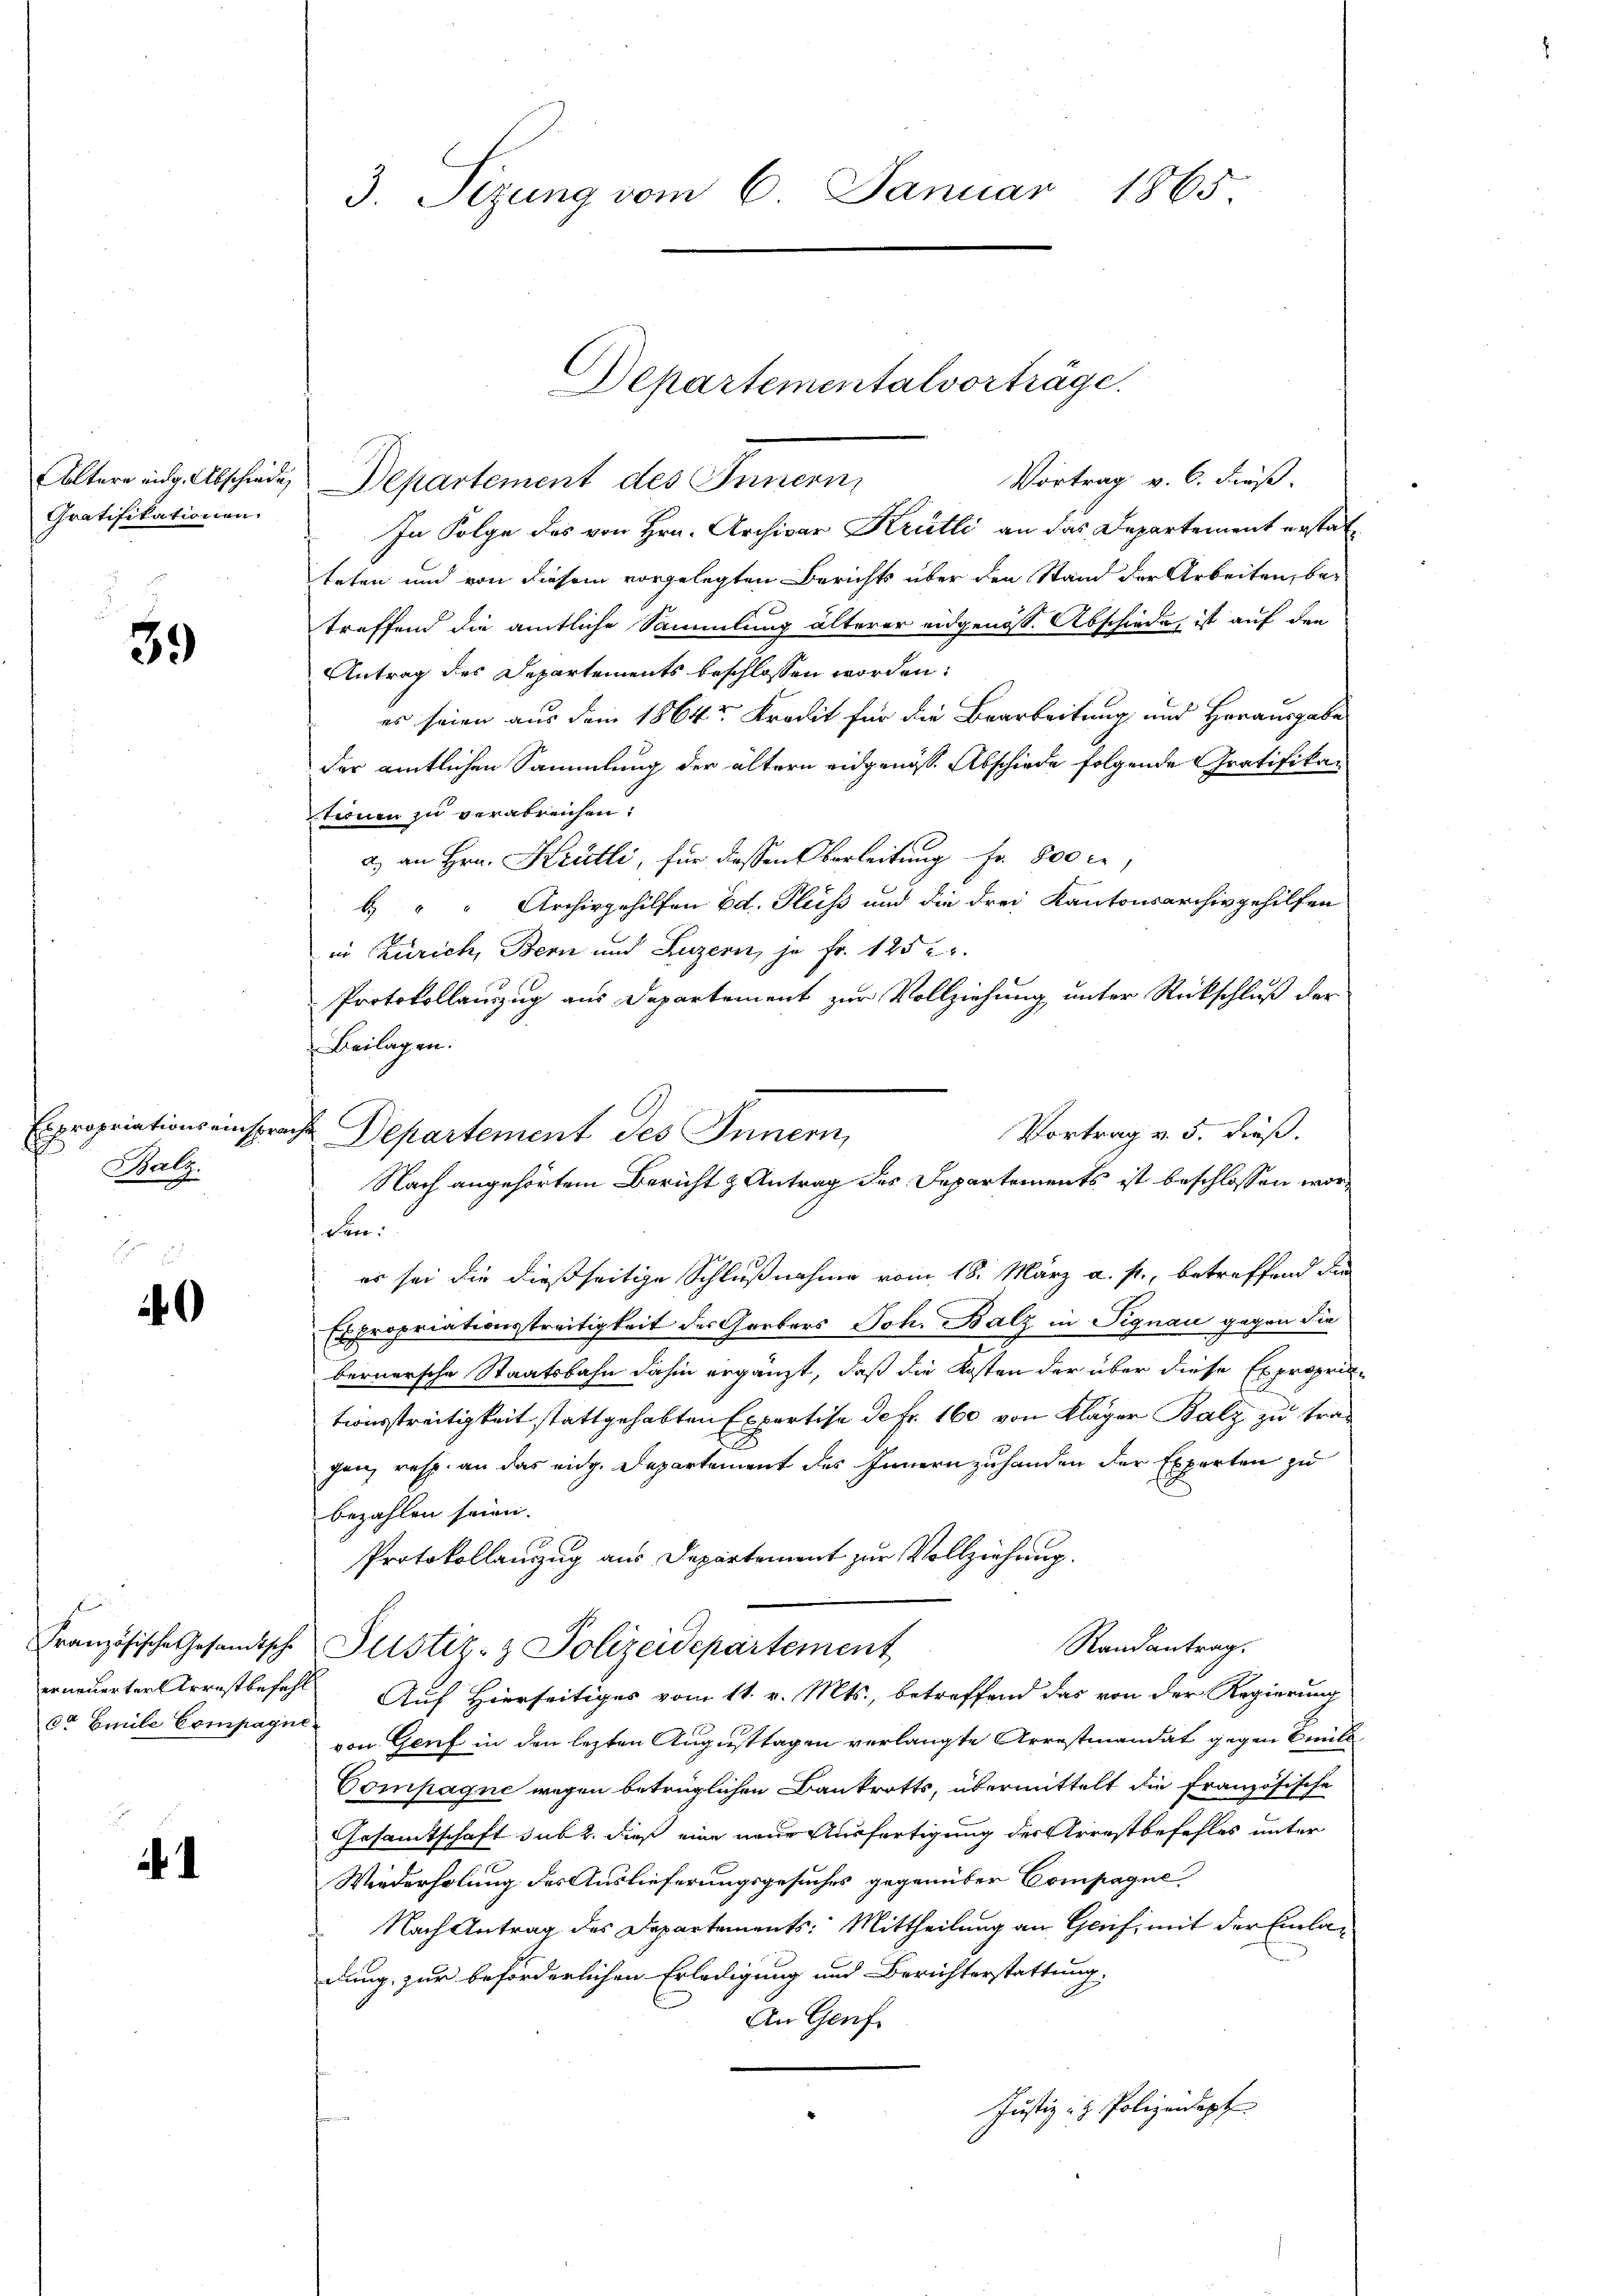
Gratifikationen.

39

Expropriations einspr
Balz.

0

Ct Emile Compagne

.

Vortrag v. 6. dieß.
Altern eing. Abschiede, Departement des Innern,
In Folge des von Hrn. Archivar Krütli an das Departement erstatteten und von diesem vorgelegten Berichts über den Stand der Arbeiten, betreffend die amtliche Sammlung älterer eidgenöss. Abschiede, ist auf den
Antrag des Departements beschlossen worden:
es seien aus dem 1864 Kredit für die Bearbeitung und Herausgabe
der amtlichen Sammlung der ältern eidgenöss. Abschiede folgende Gratifikatronen zu verabreichen.
a) an Hrn. Krütli, für dassen Oberleitung Fr. 800 cr,
6 " " Archivgehilfen Ed. Fluss und die drei Kantonsarchivgehilfen
in Zürich, Bern und Luzern, je Fr. 1252.
Protokollauszug aus Departement zur Vollziehung unter Rückschluß der
Beilagen:
Vortrag v. 5. dieß.
Nach angehörtem Bericht & Antrag des Departements ist beschlossen woren
er sei die dießseitige Schlußnahme vom 18. März a. f., betreffend den
Expropriationsstreitigkeit des Gerbers Joh. Balz in Signau gegen die
bernersche Staatsbahn dahin ergänzt, daß die Kosten der über diese Exproprie-
tionsstreitigkeit stattgehabten Expertise de fr. 160 von Kläger Balz zu tragen, resp. an das eidg. Departement des Innern zuhanden der Experten zu
bezahlen seien.
Protokollanzug aus Departement zur Vollziehung.
Randantrag.
Französische Gesandtsche Justiz- & Polizeidepartement
erneuerter Arrestbefehl Auf Hierseitiges vom 11. v. Mts., betreffend das von der Regierung
von Genf in den lezten Augusttagen verlangte Arrestiandat gegen beil
Compagne wegen betrüglichen Bankrotts, übermittelt die französische
Gesamtschaft sub 2. dieß eine neue Ausfertigung der Arrestbefehles unter
Wiederholung des Auslieferungsgesuches gegenüber Compagne
Nach Antrag des Departements: Mittheilung an Gruf, mit der Einladung zur beförderlichen Erledigung und Berichterstattung.
An Genf
Justiz- & Polizeidept

3. Sizung vom 6. Januar 1865.

C
Departementalvorträge.

ihr Departement des Innern,